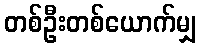
တစ်ဦးတစ်ယောက်မျှ